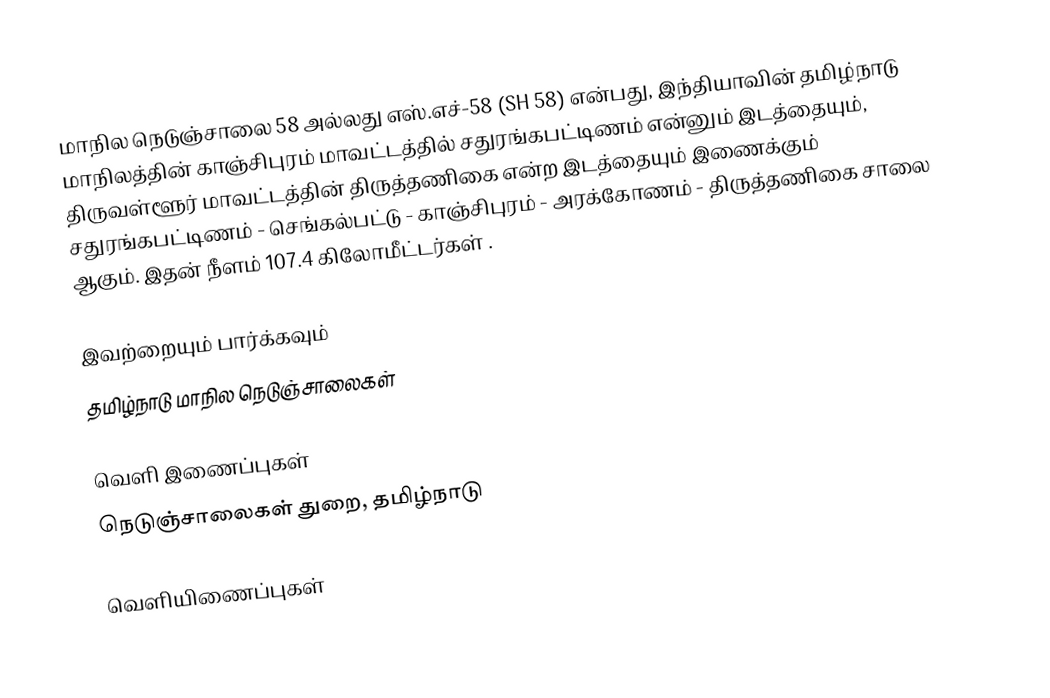
மாநில நெடுஞ்சாலை 58 அல்லது எஸ்.எச்-58 (SH 58) என்பது, இந்தியாவின் தமிழ்நாடு மாநிலத்தின் காஞ்சிபுரம் மாவட்டத்தில் சதுரங்கபட்டிணம் என்னும் இடத்தையும், திருவள்ளூர் மாவட்டத்தின் திருத்தணிகை என்ற இடத்தையும் இணைக்கும் சதுரங்கபட்டிணம் - செங்கல்பட்டு - காஞ்சிபுரம் - அரக்கோணம் - திருத்தணிகை சாலை ஆகும். இதன் நீளம் 107.4  கிலோமீட்டர்கள் .

இவற்றையும் பார்க்கவும்
  தமிழ்நாடு மாநில நெடுஞ்சாலைகள்

வெளி இணைப்புகள்
  நெடுஞ்சாலைகள் துறை, தமிழ்நாடு

வெளியிணைப்புகள்